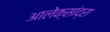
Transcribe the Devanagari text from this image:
आलेक्सांद्रा